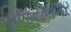
વિજયનગર